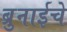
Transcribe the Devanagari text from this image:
ब्रुनाईचे